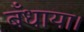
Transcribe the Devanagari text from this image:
बँधाया।